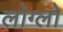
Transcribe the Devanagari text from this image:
लोग्लो